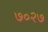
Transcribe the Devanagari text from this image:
७०२७